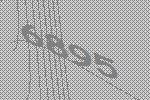
6895